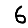
Digit: 6